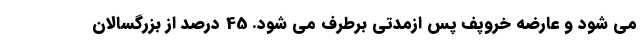
می شود و عارضه خروپف پس ازمدتی برطرف می شود. 45 درصد از بزرگسالان